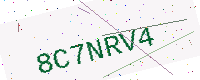
Text: 8C7NRV4